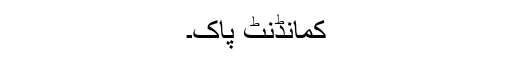
کمانڈنٹ پاک۔